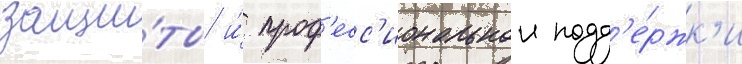
защи́ты и́ проф'есс'иональнои подд'е́ржк'и